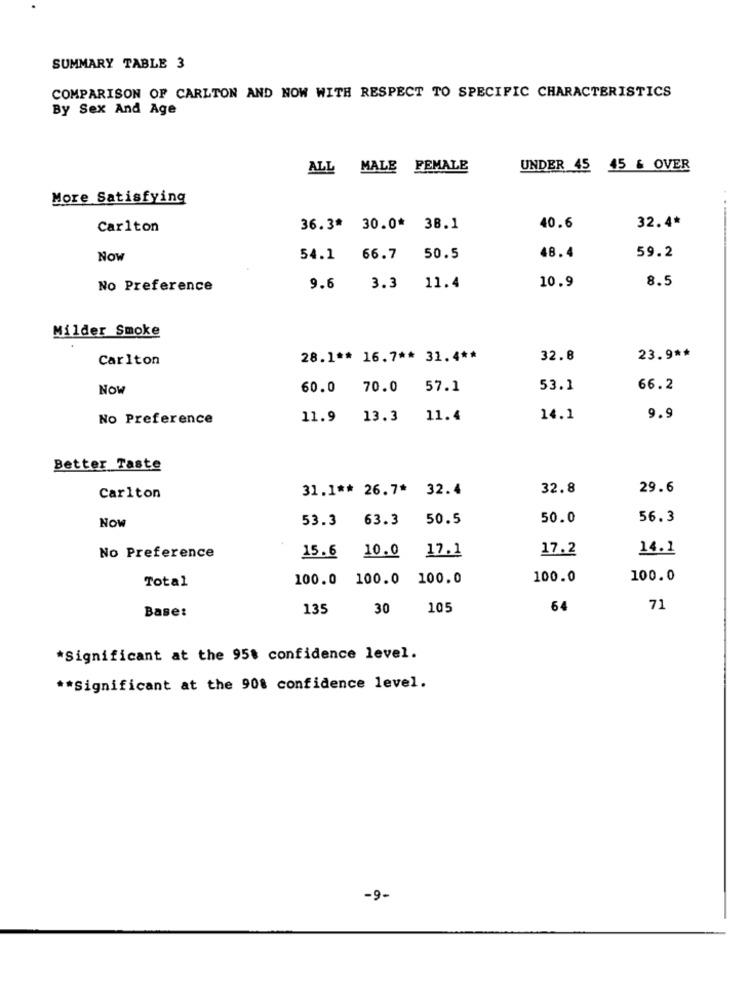
SUMMARY TABLE 3
COMPARISON OF CARLTON AND NOW WITH RESPECT TO SPECIFIC CHARACTERISTICS
By Sex And Age
ALL MALE FEMALE
UNDER 45 45 & OVER
More Satisfying
Carlton
36.3* 30.0* 38.1
40.6
32.4*
Now
54.1
66.7
50.5
48.4
59.2
10.9
8.5
No Preference
9.6
3.3
11.4
Milder Smoke
Carlton
28.1 ** 16.7 ** 31.4 **
32.8
23.9 **
Now
60.0 70.0
57.1
53.1
66.2
No Preference
11.9 13.3
11.4
14.1
9.9
Better Taste
31.1 ** 26.7* 32.4
32.8
29.6
Carlton
53.3
63.3
50.5
50.0
56.3
Now
17.2
14.1
No Preference
15.6
10.0
17.1
Total
100.0
100.0
100.0
100.0
100.0
Base:
135
30
105
64
71
*Significant at the 95% confidence level.
** Significant at the 90% confidence level.
-9-